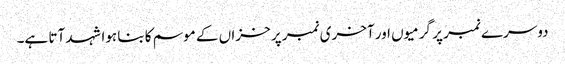
دوسرے نمبر پر گرمیوں اور آخری نمبر پر خزاں کے موسم کا بنا ہوا شہد آتا ہے۔